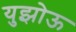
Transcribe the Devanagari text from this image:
युझोऊ